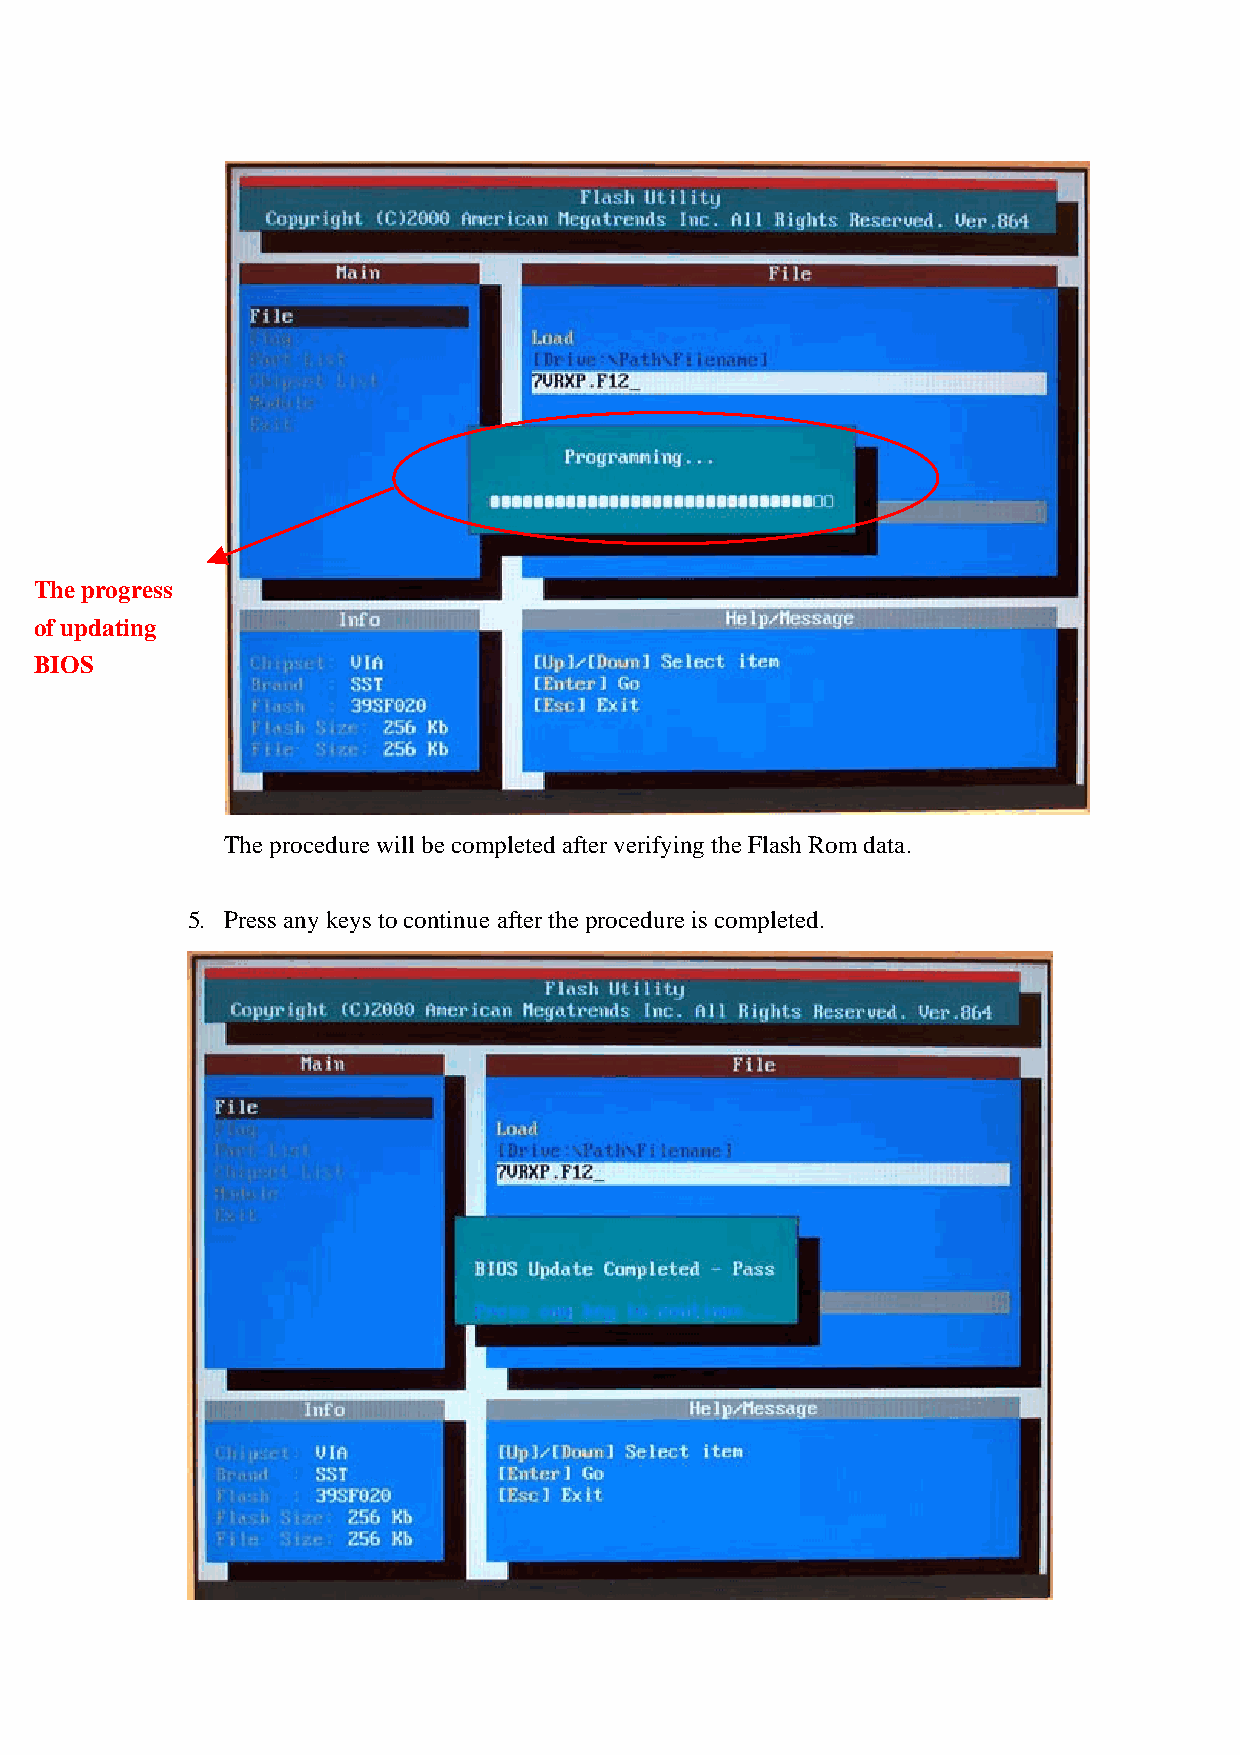
The progress
 of updating
 BIOS
 The procedure will be completed after verifying the Flash Rom data.
 5. Press any keys to continue after the procedure is completed.